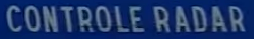
CONTROLE RADAR